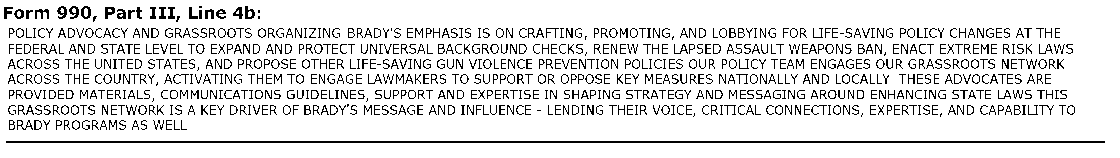
Form 990, Part III, Line 4b:
 POLICY ADVOCACY AND GRASSROOTS ORGANIZING BRADY'S EMPHASIS IS ON CRAFTING, PROMOTING, AND LOBBYING FOR LIFE-SAVING POLICY CHANGES AT THE
 FEDERAL AND STATE LEVEL TO EXPAND AND PROTECT UNIVERSAL BACKGROUND CHECKS, RENEW THE LAPSED ASSAULT WEAPONS BAN, ENACT EXTREME RISK LAWS
 ACROSS THE UNITED STATES, AND PROPOSE OTHER LIFE-SAVING GUN VIOLENCE PREVENTION POLICIES OUR POLICY TEAM ENGAGES OUR GRASSROOTS NETWORK
 ACROSS THE COUNTRY, ACTIVATING THEM TO ENGAGE LAWMAKERS TO SUPPORT OR OPPOSE KEY MEASURES NATIONALLY AND LOCALLY THESE ADVOCATES ARE
 PROVIDED MATERIALS, COMMUNICATIONS GUIDELINES, SUPPORT AND EXPERTISE IN SHAPING STRATEGY AND MESSAGING AROUND ENHANCING STATE LAWS THIS
 GRASSROOTS NETWORK IS A KEY DRIVER OF BRADY'S MESSAGE AND INFLUENCE - LENDING THEIR VOICE, CRITICAL CONNECTIONS, EXPERTISE, AND CAPABILITY TO
 BRADY PROGRAMS AS WELL